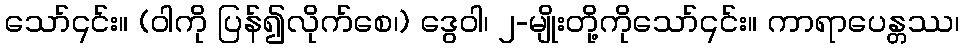
သော်၎င်း။ (ဝါကို ပြန်၍လိုက်စေ၊) ဒွေဝါ၊ ၂-မျိုးတို့ကိုသော်၎င်း။ ကာရာပေန္တဿ၊